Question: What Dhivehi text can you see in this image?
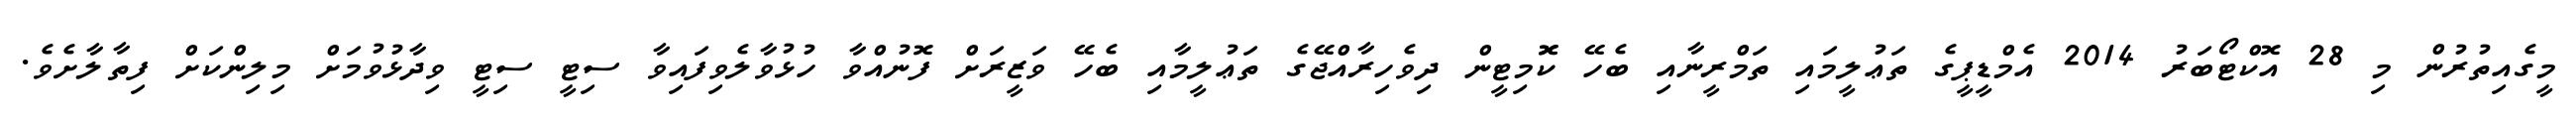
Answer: މީގެއިތުރުން މި 28 އޮކްޓޯބަރު 2014 އެމްޑީޕީގެ ތަޢުލީމައި ތަމްރީނާއި ބެހޭ ކޮޮމިޓީން ދިވެހިރާއްޖޭގެ ތަޢުލީމާއި ބެހޭ ވަޒީރަށް ފޮނުއްވާ ހުޅުވާލެވިފައިވާ ސިޓީ ސިޓީ ވިދާޅުވުމަށް މިލިންކަށް ފިތާލާށެވެ.